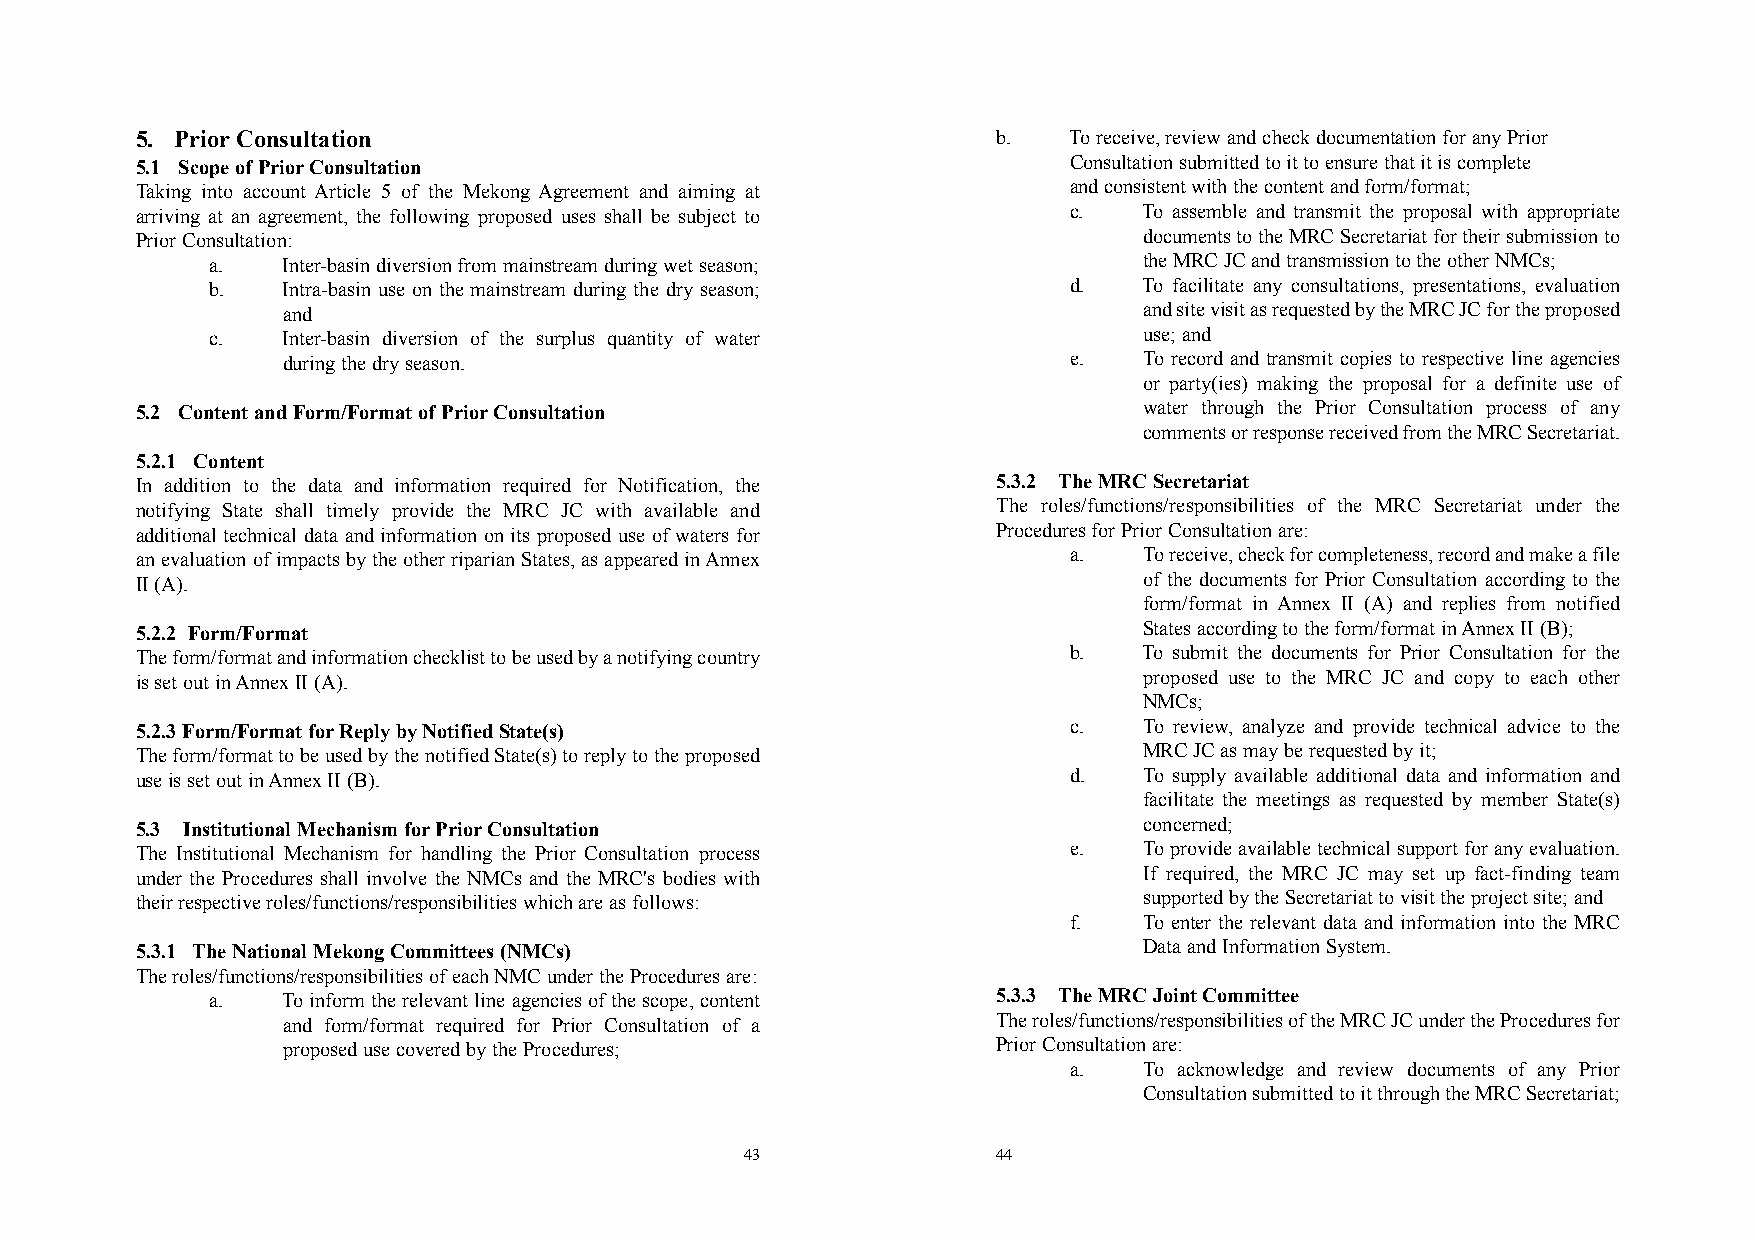
5. Prior Consultation                                    b.   To receive, review and check documentation for any Prior
 5.1 Scope of PriorConsultation                                Consultation submitted to it to ensure that it is complete
 Taking into account Article 5 of the Mekong Agreement and aiming at and consistent with the content and form/format;
 arriving at an agreement, the following proposed uses shall be subject to c. To assemble and transmit the proposal with appropriate
 Prior Consultation:                                                documents to the MRC Secretariat for their submission to
 a.   Inter-basin diversion from mainstream during wet season; the MRC JC and transmission to the other NMCs;
 b.   Intra-basin use on the mainstream during the dry season; d. To facilitate any consultations, presentations, evaluation
 and                                                      and site visit as requested by the MRC JC for the proposed
 c.   Inter-basin diversion of the surplus quantity of water   use; and
 during the dry season.                              e.   To record and transmit copies to respective line agencies
 or party(ies) making the proposal for a definite use of
 5.2 Content and Form/Format of PriorConsultation                   water through the Prior Consultation process of any
 comments or response received from the MRC Secretariat.
 5.2.1 Content
 In addition to the data and information required for Notification, the 5.3.2 The MRC Secretariat
 notifying State shall timely provide the MRC JC with available and The roles/functions/responsibilities of the MRC Secretariat under the
 additional technical data and information on its proposed use of waters for Procedures for Prior Consultation are:
 an evaluation of impacts by the other riparian States, as appeared in Annex a. To receive, check for completeness, record and make a file
 II (A).                                                            of the documents for Prior Consultation according to the
 form/format in Annex II (A) and replies from notified
 5.2.2 Form/Format                                                  States according to the form/format in Annex II (B);
 The form/format and information checklist to be used by a notifying country b. To submit the documents for Prior Consultation for the
 is set out in Annex II (A).                                        proposed use to the MRC JC and copy to each other
 NMCs;
 5.2.3 Form/Format forReply by Notified State(s)               c.   To review, analyze and provide technical advice to the
 The form/format to be used by the notified State(s) to reply to the proposed MRC JC as may be requested by it;
 use is set out in Annex II (B).                               d.   To supply available additional data and information and
 facilitate the meetings as requested by member State(s)
 5.3 Institutional Mechanism forPriorConsultation                   concerned;
 The Institutional Mechanism for handling the Prior Consultation process e. To provide available technical support for any evaluation.
 under the Procedures shall involve the NMCs and the MRC's bodies with If required, the MRC JC may set up fact-finding team
 their respective roles/functions/responsibilities which are as follows: supported by the Secretariat to visit the project site; and
 f.   To enter the relevant data and information into the MRC
 5.3.1 The National Mekong Committees (NMCs)                        Data and Information System.
 The roles/functions/responsibilities of each NMC under the Procedures are:
 a.   To inform the relevant line agencies of the scope, content 5.3.3 The MRC Joint Committee
 and form/format required for Prior Consultation of a The roles/functions/responsibilities of the MRC JC under the Procedures for
 proposed use covered by the Procedures;        Prior Consultation are:
 a.   To acknowledge and review documents of any Prior
 Consultation submitted to it through the MRC Secretariat;
 43               44